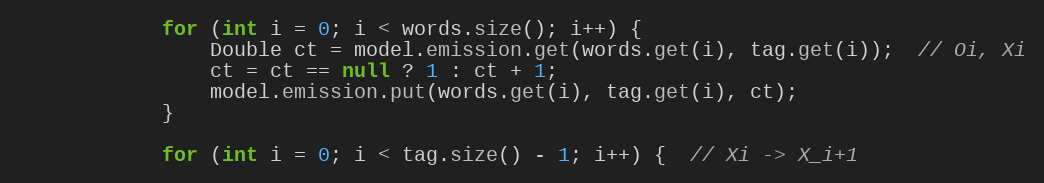
Language: Java
            for (int i = 0; i < words.size(); i++) {
                Double ct = model.emission.get(words.get(i), tag.get(i));  // Oi, Xi
                ct = ct == null ? 1 : ct + 1;
                model.emission.put(words.get(i), tag.get(i), ct);
            }

            for (int i = 0; i < tag.size() - 1; i++) {  // Xi -> X_i+1